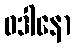
ဝဒါနော